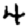
Digit: 4